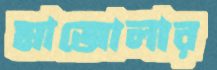
মাজোলার